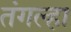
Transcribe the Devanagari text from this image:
तंगल्हा